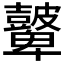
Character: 𥀷